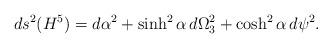
LaTeX: \begin{align*}ds^2(H^5)=d\alpha^2+\sinh^2\alpha\,d\Omega_3^2+\cosh^2\alpha\,d\psi^2.\end{align*}